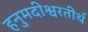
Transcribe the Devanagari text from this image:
हनुमदीश्वरतीर्थ